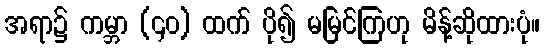
အရာ၌ ကမ္ဘာ (၄၀) ထက် ပို၍ မမြင်ကြဟု မိန့်ဆိုထားပုံ။